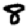
Digit: 8